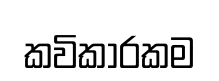
කවිකාරකම